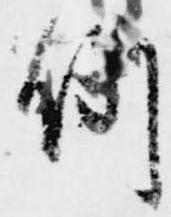
例